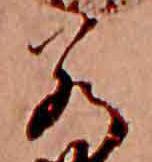
若